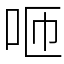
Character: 咂